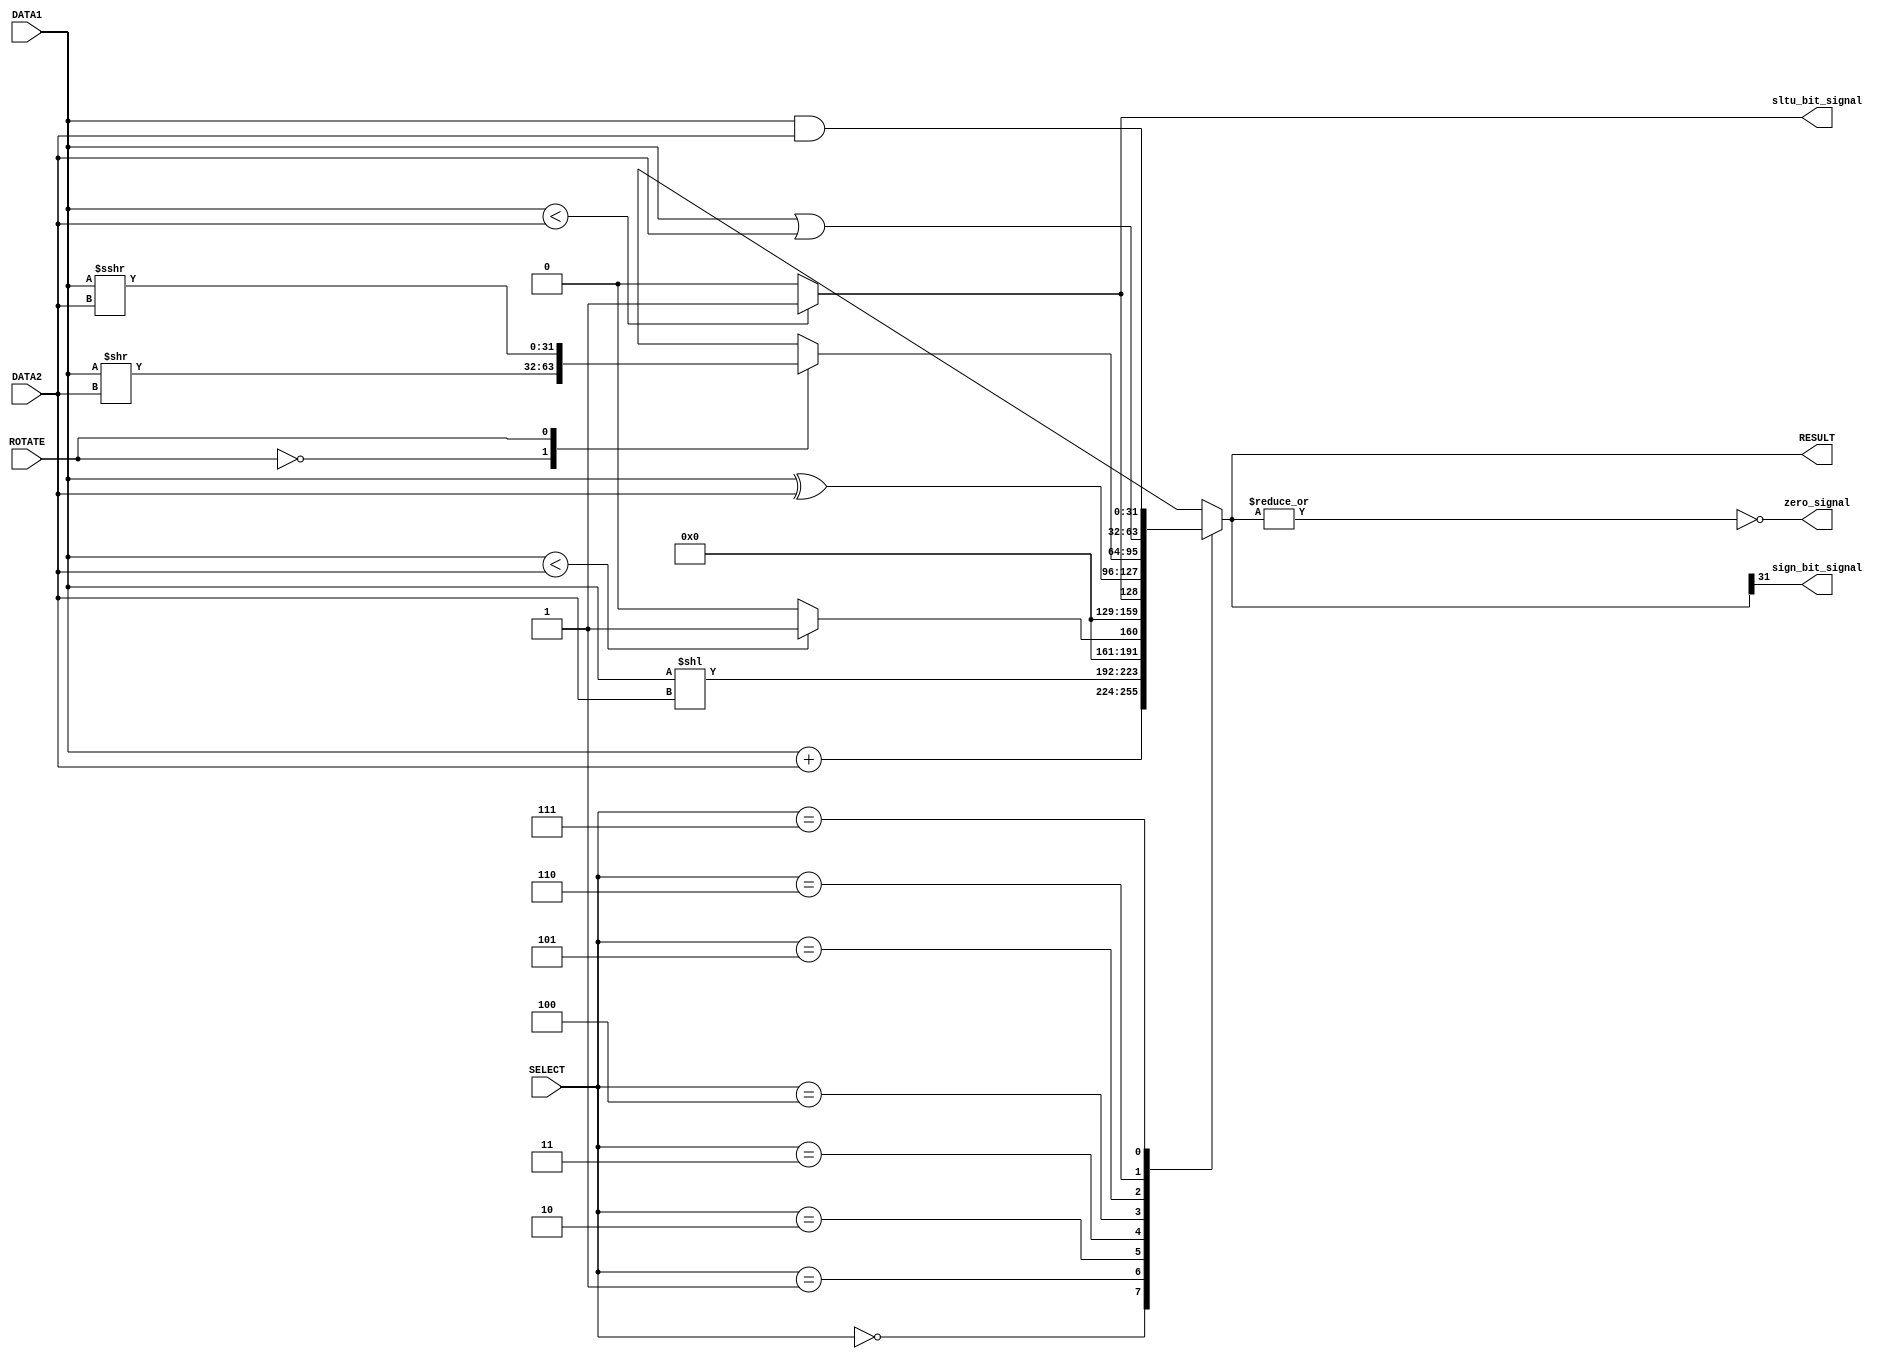
module alu(RESULT, DATA1, DATA2, SELECT, ROTATE,zero_signal,sign_bit_signal,sltu_bit_signal);		//this is alu module
	
	//initial input output
	input [31:0] DATA1,DATA2;
	output reg [31:0] RESULT;
	input [2:0] SELECT;
    input ROTATE;
    output zero_signal,sign_bit_signal,sltu_bit_signal;
	
	wire[31:0] ADD,AND,OR,XOR,SLL,SRL,SRA,SLT,SLTU;
	
	assign  ADD=DATA1 + DATA2;
	assign  AND=DATA1 & DATA2;
	assign  OR=DATA1 | DATA2;
	assign  XOR=DATA1 ^ DATA2;
	assign  SLL = DATA1 << DATA2; 
	assign  SRL = DATA1 >> DATA2;						  
    assign  SRA = DATA1 >>> DATA2;	
	assign  SLT = ($signed(DATA1) < $signed(DATA2)) ? 32'd1 : 32'd0; 
	assign  SLTU = ($unsigned(DATA1) < $unsigned(DATA2)) ? 32'd1 : 32'd0;
	
	//always block
	always @ (*)
	begin

		case(SELECT)
			3'd0 : 
        	begin						
				RESULT <= ADD;
			end
			3'd1 : 
        	begin			
          		RESULT <= SLL;
        	end
			3'd2 : 
       		begin
				RESULT <= SLT;
			end
			3'd3 : 
        	begin
				RESULT <= SLTU;
			end
      		3'd4 : 
        	begin
				RESULT <= XOR;
			end
      		3'd5 : 
        	begin
				case(ROTATE)
            		1'b0:                       
              			RESULT <= SRL;
            		1'b1:                       //arithmetic
              			RESULT <= SRA;
				endcase
				end
			3'd6 :
        	begin
				RESULT <= OR;
			end
			3'd7 :
        	begin
				RESULT <= AND;
			end

		endcase
  end
		
  assign zero_signal= ~(|RESULT);                                      //zero flag set when data 1 and data 2 is equal(Z flag)
  assign sign_bit_signal=RESULT[31];                                   //sign bit  (G flag)
  assign sltu_bit_signal=SLTU[0];	
  
endmodule